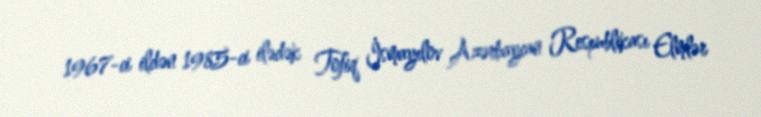
1967-ci ildən 1985-ci ilədək Tofiq İsmayılov Azərbaycan Respublikası Elmlər